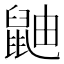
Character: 鼬